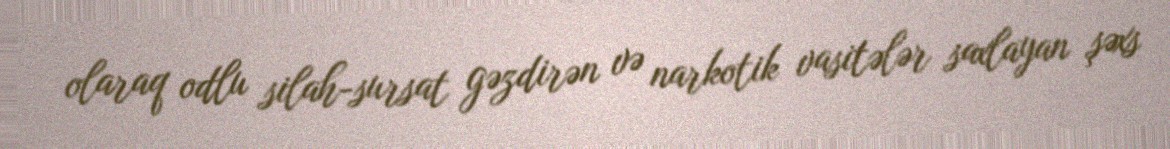
olaraq odlu silah-sursat gəzdirən və narkotik vasitələr saxlayan şəxs